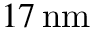
1 7 \, \mathrm { n m }